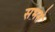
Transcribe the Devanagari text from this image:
सभसे